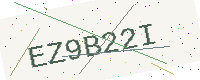
Text: EZ9B22I